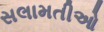
સલામતીઓ